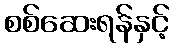
စစ်ဆေးရန်နှင့်